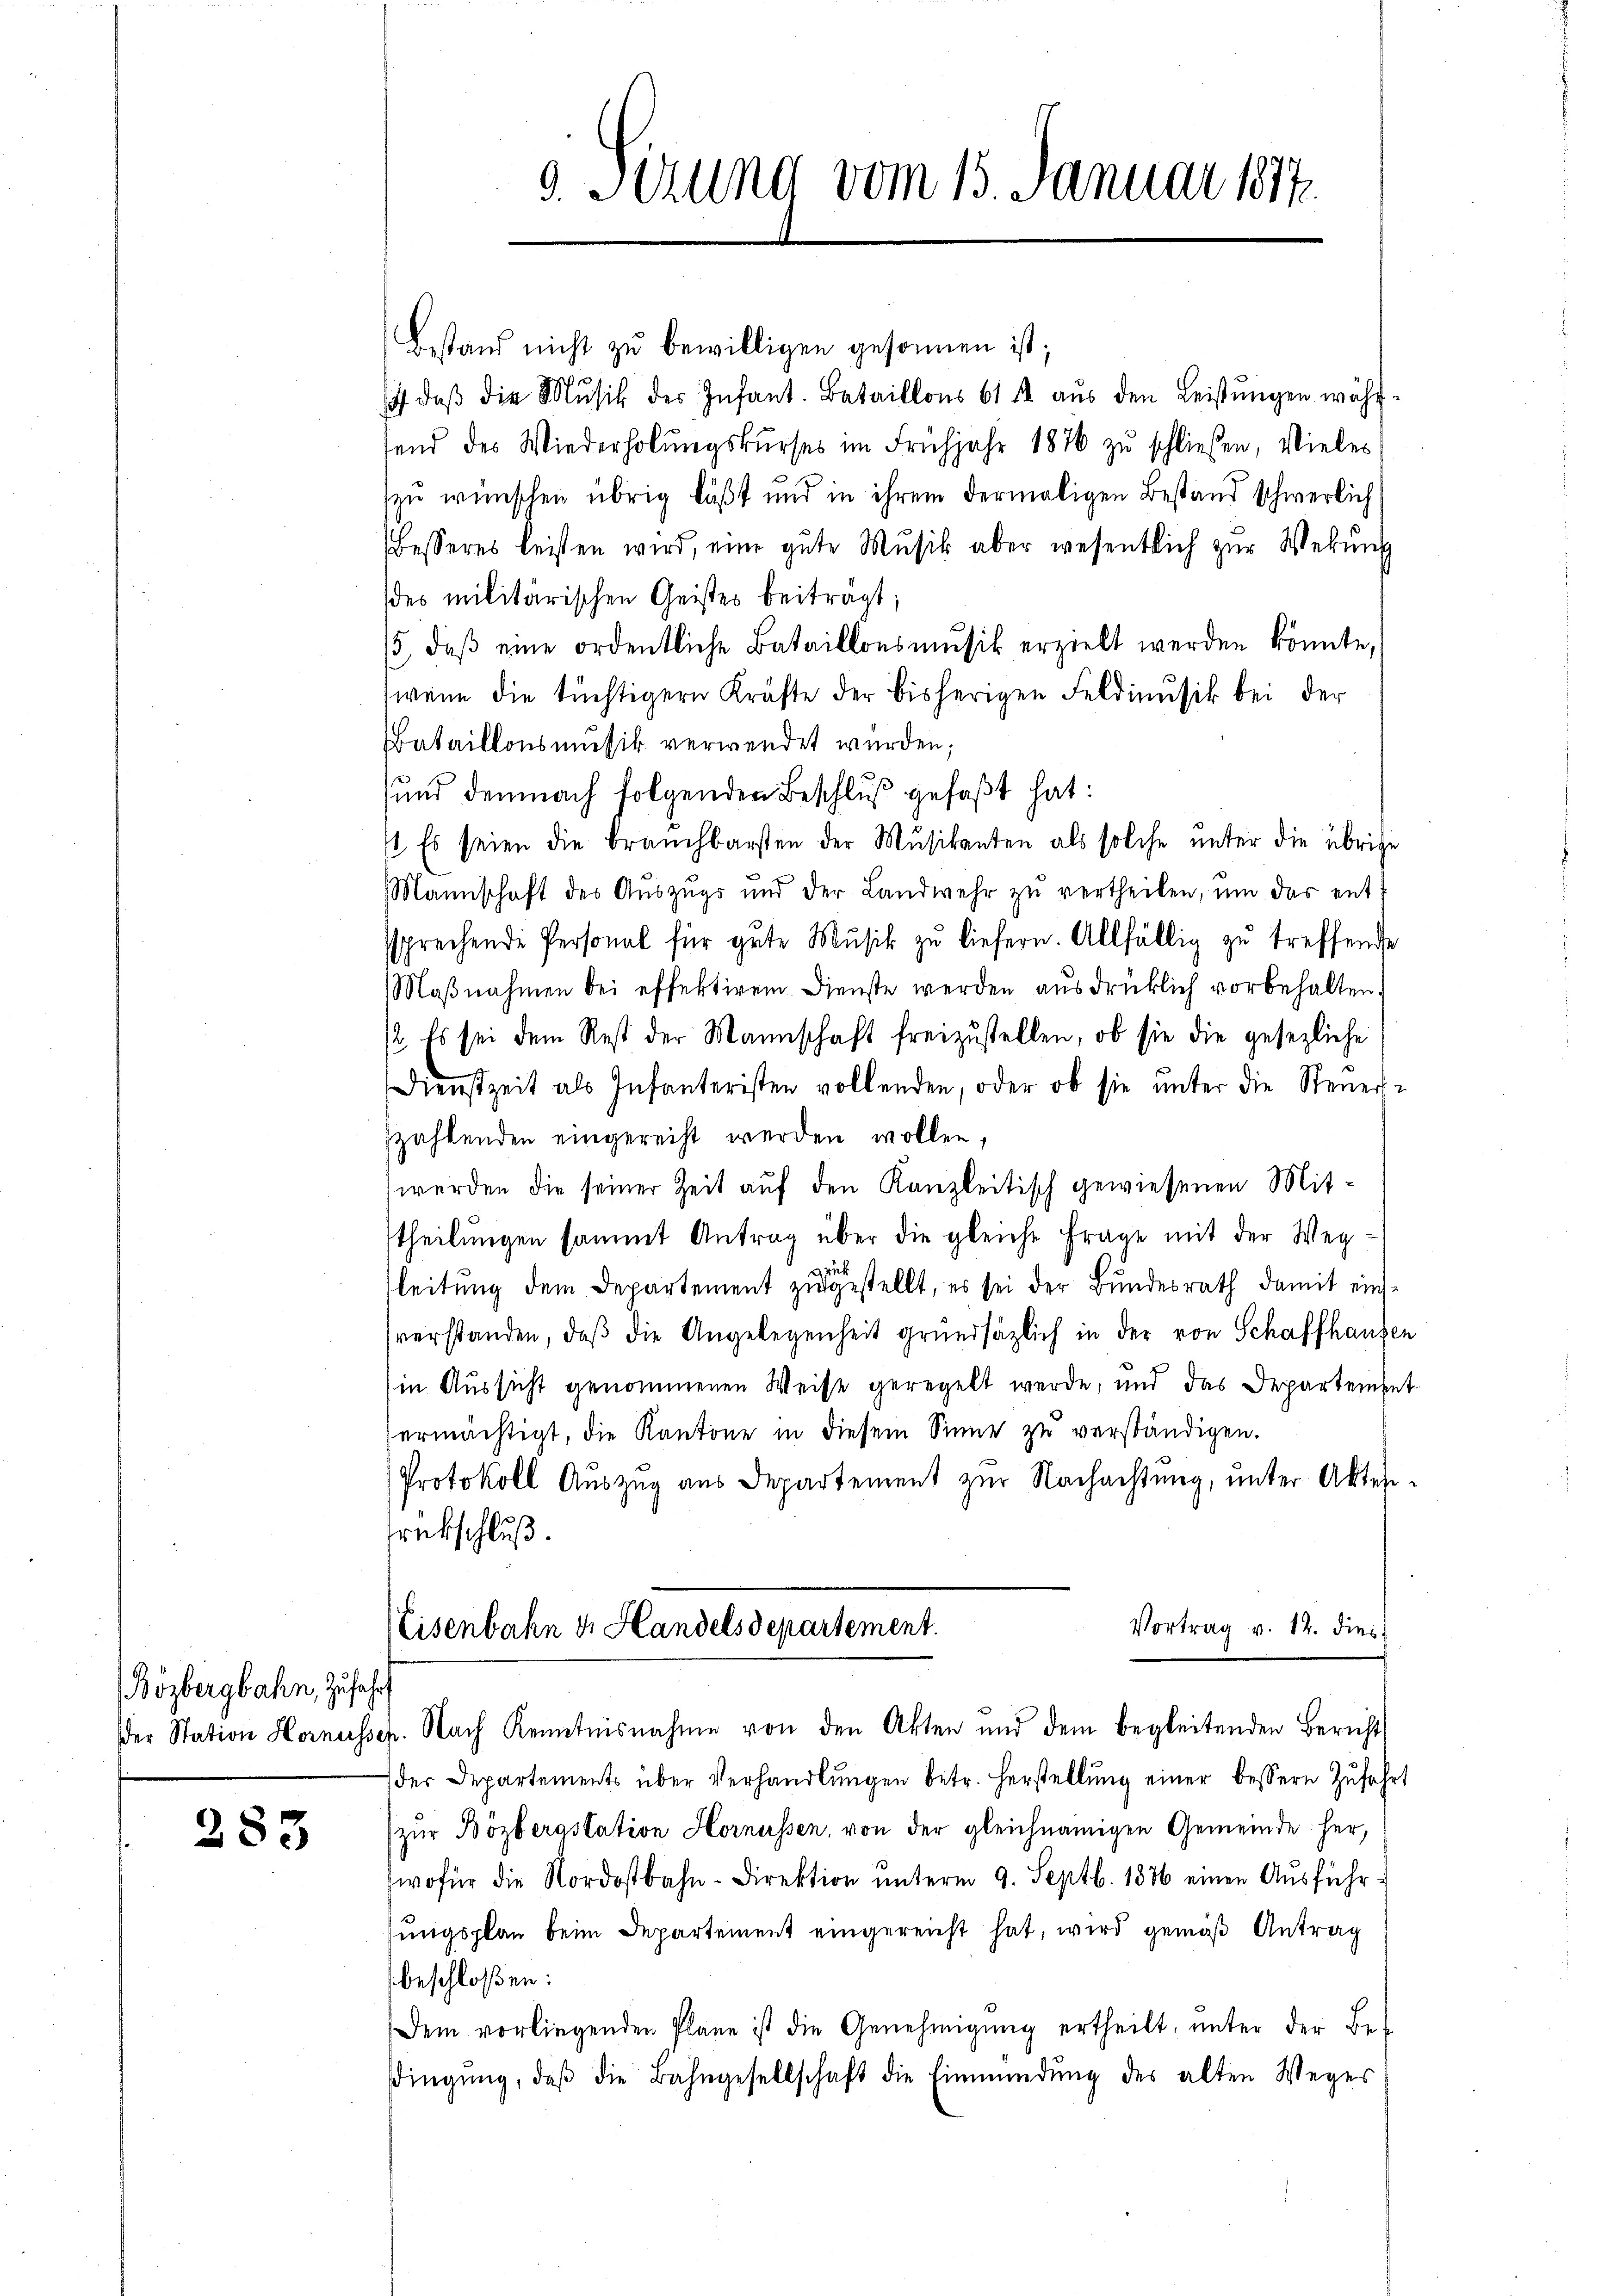
Bözbergbahn, Zufahrt

283

Sirung vom 15. Januar 1877.

Bestand nicht zŭ bewilligen gesonnen ist;
 daβ die Mŭsik des Infant. Bataillons 611 aŭs den Leistŭngen währ-
fend des Wiederholŭngskŭrses im Frühjahr 1876 zŭ schließen, vieles
zu wünschen übrig läßt und in ihrem dermaligen Bestand schwerlich
Besseres leisten wird, eine gute Musik aber wesentlich zur Webung
des militärischen Geistes beiträgt;
15, daβ eine ordentliche Bataillonsmŭsik erzielt werden könnte,
wenn die tüchtigern Kräfte der bisherigen Feldinusik bei der
Bataillonsmusik verwendet wurden;
und demnach folgenden Beschluß gefaßt hat:
1. Es seien die brauchbarsten der Mŭsikanten als solche unter die übrige
Mannschaft des Aŭszŭgs und der Landwehr zŭ vertheilen, ŭm das ent-
ssprechende Personal für gute Mŭsik zŭ liefern. Allfällig zu treffende
Maßnahmen bei effektiren. Dienste werden ausdrücklich vorbehalten.
/2. Es sei dem Rest der Mannschaft freizustellen, ob sie die gesezliche
Dienstzeit als Infanteristen vollenden, oder ob sie ŭnter die Steŭers-
szahlenden eingereiht werden wollen,
werden die seiner Zeit auf den Kanzleitisch gewiesenen Mittheilungen sammt Antrag über die gleiche Frage mit der Weg¬
4
leitung dem Departement zugestellt, es sei der Bundesrath damit einssverstanden, daß die Angelegenheit grundsätzlich in der von Schaffhausen
in Aussicht genommenen Weise geregelt werde, und das Departement
ermächtigt, die Kantone in diesem Sinne zu verständigen.
Protokoll Auszug aus Departement zur Nachachtung, unter Aktesrabschluß.
Vortrag v. 12. dies
Eisenbahn u. Handelsdepartement.

der Station Hornessen. Nach Kenntnisnahme von den Akten und dem begleitenden Bericht

der Departements über Verhandlŭngen betr. Herstellŭng einer bessern Zŭfahrt
zŭr Bözbergstation Hornüssen, von der gleichnamigen Gemeinde her,
wofür die Nordostbahn-Direktion ŭnterm 9. Septb. 1886 einen Aŭsführ-
sungsplan beim Departement eingereicht hat, wird gemäß Antrag
beschloßen:
Dem vorliegenden Plane ist die Genehmigŭng ertheilt, ŭnter der Be-
dingŭng, daβ die Bahngesellschaft die Einmündŭng des alten Weges